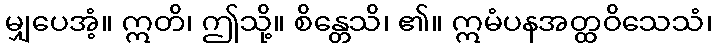
မျှပေအံ့။ ဣတိ၊ ဤသို့။ စိန္တေသိ၊ ၏။ ဣမံပနအတ္ထဝိသေသံ၊